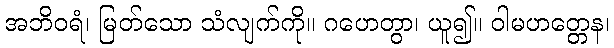
အဘိဝရံ၊ မြတ်သော သံလျက်ကို။ ဂဟေတွာ၊ ယူ၍။ ဝါမဟတ္တေန၊